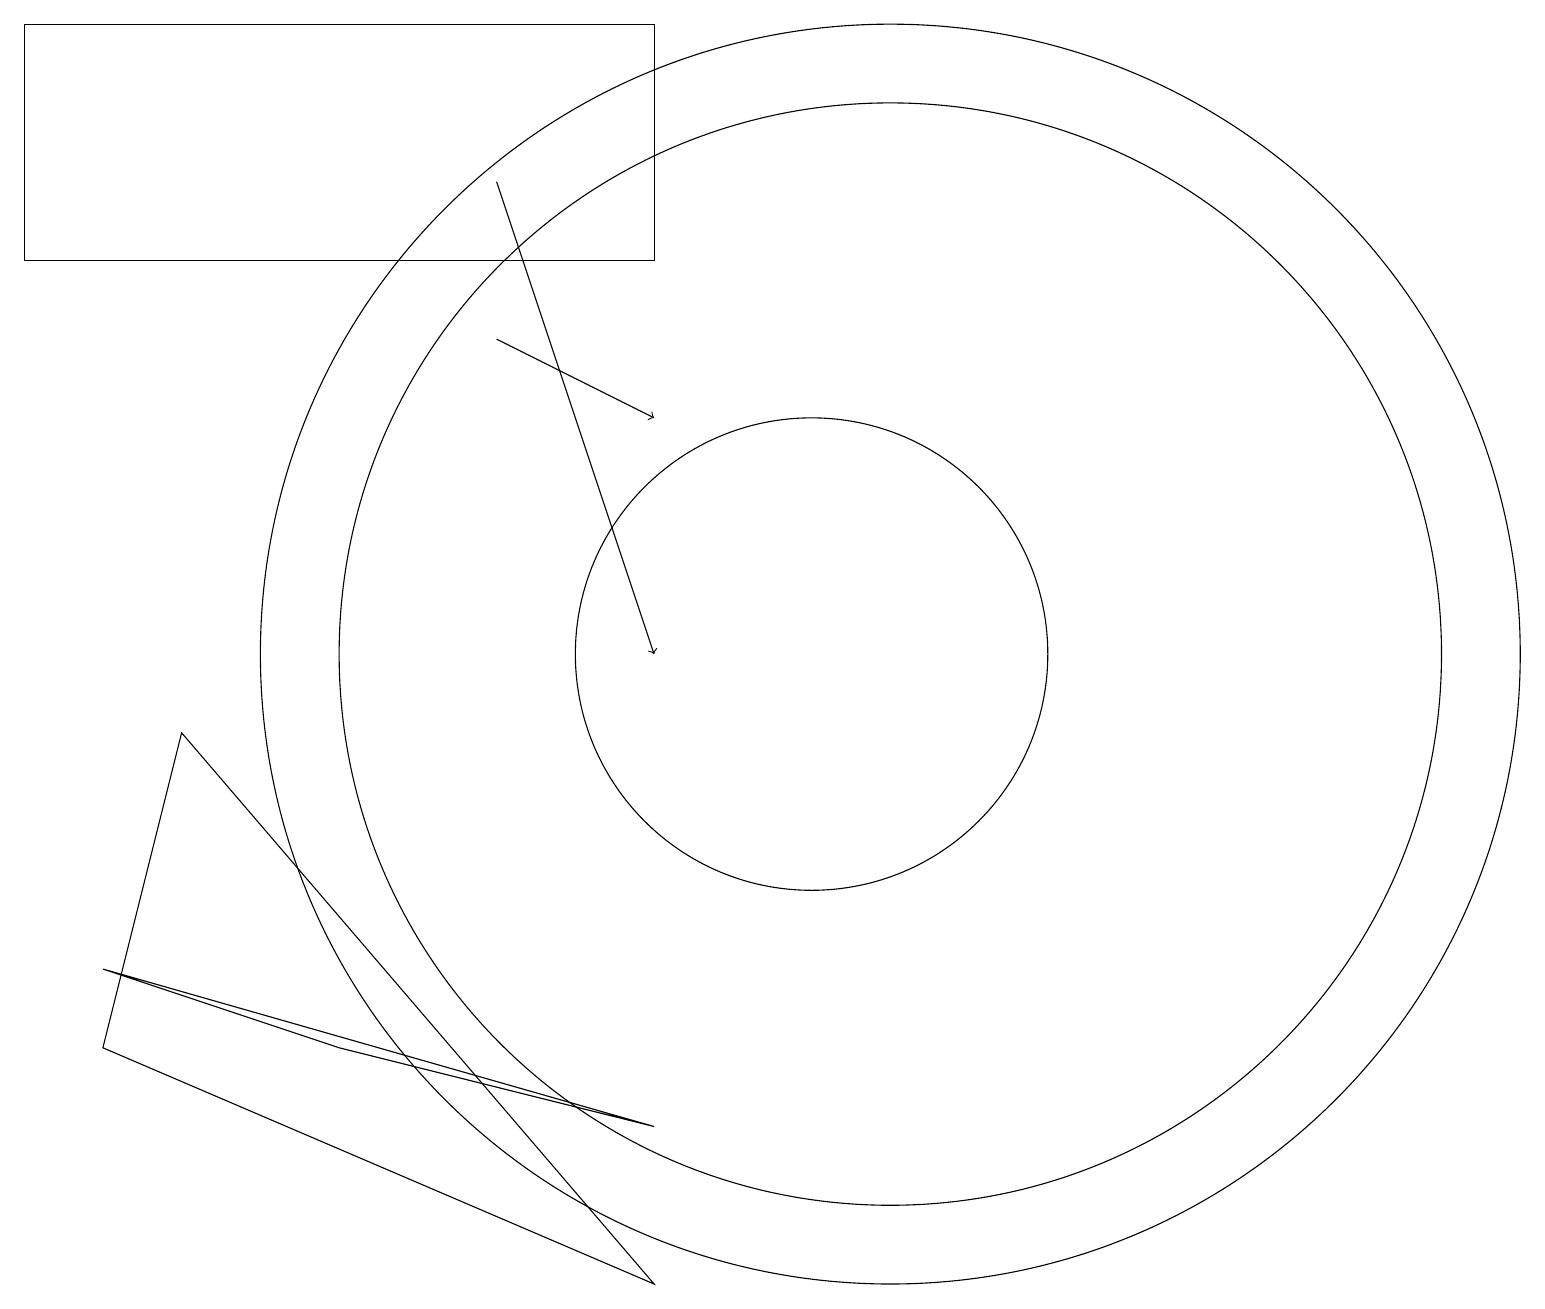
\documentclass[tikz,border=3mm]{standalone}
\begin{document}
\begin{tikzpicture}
\draw[->] (6,14) -- (8,13);
\draw (11,10) circle (8);
\draw[->] (6,16) -- (8,10);
\draw (10,10) circle (3);
\draw (4,5) -- (8,4) -- (1,6) -- cycle;
\draw (11,10) circle (7);
\draw (0,15) rectangle (8,18);
\draw (2,9) -- (1,5) -- (8,2) -- cycle;
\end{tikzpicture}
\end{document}